Regulations for the medical services of the Army of India
Year: 1930
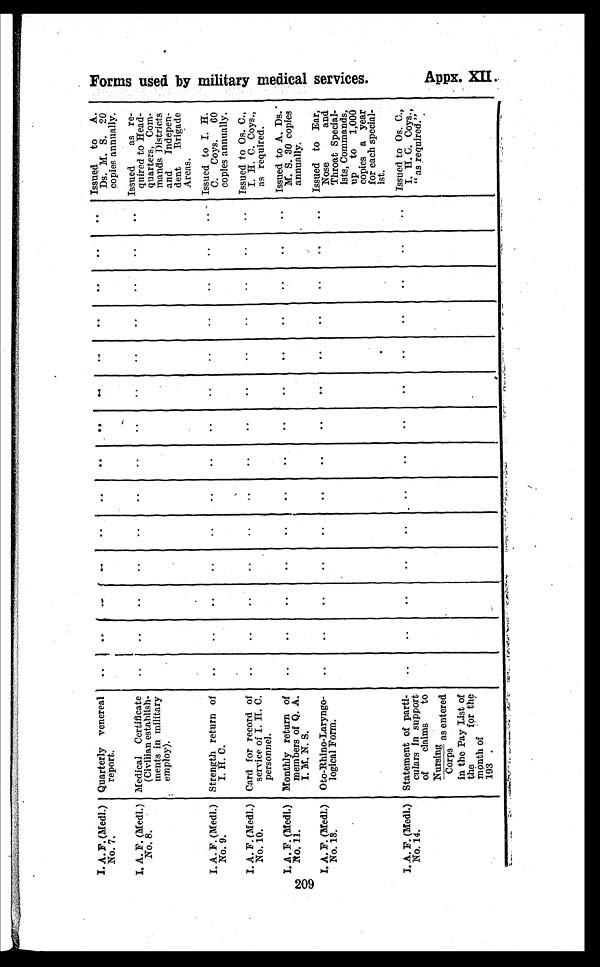
209
I. A. F. (Medl.)
No. 7.
Quarterly venereal
report.
..
..
..
. .
..
. . ..
. . ..
..
..
. . ..
.. Issued to A.
Ds. M. S. 20
copies annually.
I. A. F. (Medl.)
No. 8.
Medical Certificate
(Civilian establish-
ments in military
employ).
..
..
..
..
..
..
..
..
. .
..
. .
. .
. .
. . Issued
as re-
quired to Head-
quarters, Com-
mands Districts
and Indepen-
dent Brigade
Areas.
I. A. F. (Medl.)
No. 9.
Strength return of
I. H. C.
..
..
..
..
..
..
. .
..
..
..
..
..
..
.. Issued to I. H.
C. Coys. 60
copies annually.
I. A. F. (Medl.)
No. 10.
Card for record of
service of I. H. C.
personnel .
..
..
..
..
..
. .
..
..
..
..
..
..
.. Issued to Os. C.,
I. H. C. Coys.,
as required.
I. A . F. (Medl.)
No. 11.
Monthly return of
members of Q. A.
I. M. N. S.
..
..
..
. .
. .
. .
. .
. .
. .
. .
. .
. .
. .
.. Issued to A. Ds.
M. S. 30 copies
annually.
I. A. F. (Medl.)
No. 13.
Oto-Rhino-Laryngo-
logical Form.
..
..
..
..
..
..
. .
. .
. .
. .
. .
. .
. .
.. Issued to Ear,
Nose
and
Throat Special-
ists, Commands,
up to 1,000
copies a year
for each special
ist.
I. A. F. (Medl.)
No. 14.
Statement of parti-
culars in support
of claims to
Nursing
a s e n t e r e d C o r p s
in the Pay List of
the
for the
month of
193 .
..
..
..
..
. .
..
..
..
..
..
..
..
..
.. Issued to Os. C.,
I. H. C. Coys.,
" as required."
F o r m s u s e d b y m i l i t a r y m e d i c a l s e r v i c e s .
Ap p x . XI I .